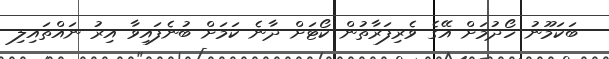
ބަކަމޫނު ހޯދުމަށް އޭގެ ވެރިފަރާތުން ކޯޓަށް ދާނެ ކަމަށް ބުނެފައިވާ އިރު ނައްތައިލި